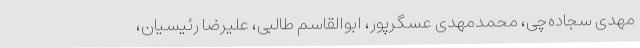
مهدی سجاده‌چی، محمدمهدی عسگرپور، ابوالقاسم طالبی، علیرضا رئیسیان،